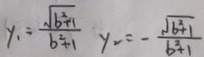
y _ { 1 } = \frac { \sqrt { b ^ { 2 } + 1 } } { b ^ { 2 } + 1 } y _ { 2 } = - \frac { \sqrt { b ^ { 2 } + 1 } } { b ^ { 2 } + 1 }